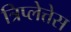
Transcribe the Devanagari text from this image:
त्रिप्लेत्तेस